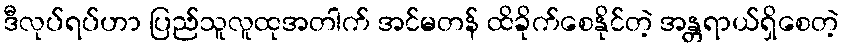
ဒီလုပ်ရပ်ဟာ ပြည်သူလူထုအတါက် အင်မတန် ထိခိုက်စေနိုင်တဲ့ အန္တရာယ်ရှိစေတဲ့